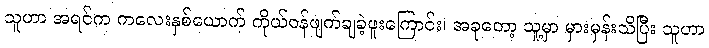
သူဟာ အရင်က ကလေးနှစ်ယောက် ကိုယ်ဝန်ဖျက်ချခဲ့ဖူးကြောင်း၊ အခုတော့ သူ့မှာ မှားမှန်းသိပြီး သူဟာ